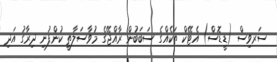
ސަރވިސް (ޑީޑޮސް) އެޓޭކް ތަކެއްގެ ސަބަބުން ރާއްޖޭގެ މުވާސަލާތީ ކުންފުނި ދިރާގު އަދި